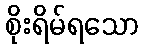
စိုးရိမ်ရသော